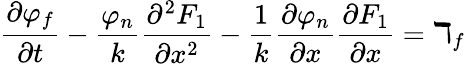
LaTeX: \frac{\partial\varphi_{f}}{\partial t}-\frac{\varphi_{n}}{k}\frac{\partial^{2}F_{1}}{\partial x^{2}}-\frac{1}{k}\frac{\partial\varphi_{n}}{\partial x}\frac{\partial F_{1}}{\partial x}=\daleth_{f}